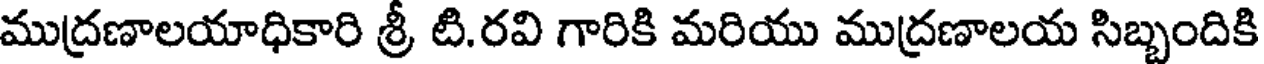
ముద్రణాలయాధికారి శ్రీ టి.రవి గారికి మరియు ముద్రణాలయ సిబ్బందికి